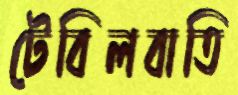
টেবিলবাতি